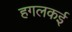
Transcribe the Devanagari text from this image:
हगलकई